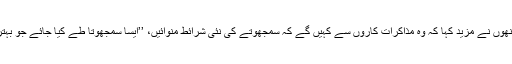
تاہم، اُنھوں نے مزید کہا کہ وہ مذاکرات کاروں سے کہیں گے کہ سمجھوتے کی نئی شرائط منوائیں، ’’ایسا سمجھوتا طے کیا جائے جو بہتر ہو‘‘۔